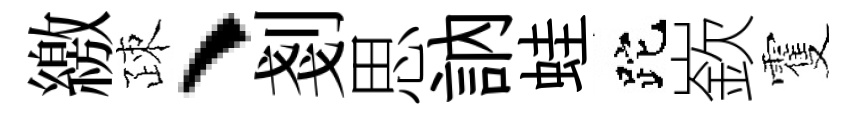
繳疎、剗思訥蛙跎嶔䨥